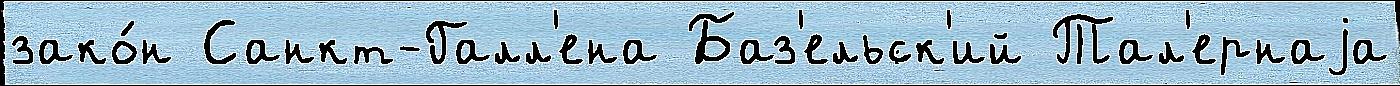
зако́н Санкт-Галл'ена Баз'ельск'ий Тал'ернаjа